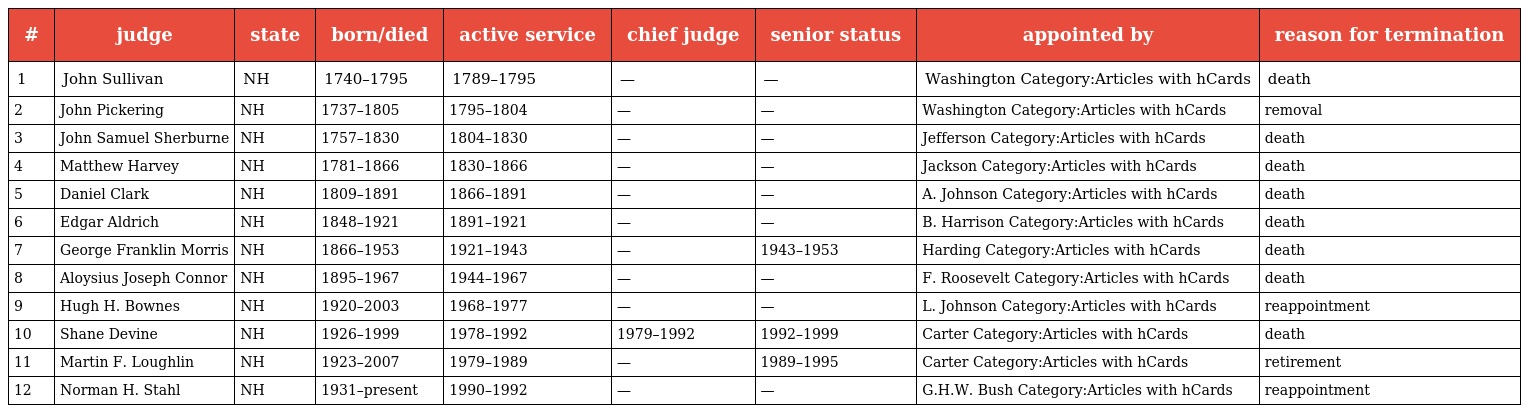
| # | judge | state | born/died | active service | chief judge | senior status | appointed by | reason for termination |
 | --- | --- | --- | --- | --- | --- | --- | --- | --- |
 | 1 | John Sullivan | NH | 1740–1795 | 1789–1795 | — | — | Washington Category:Articles with hCards | death |
 | 2 | John Pickering | NH | 1737–1805 | 1795–1804 | — | — | Washington Category:Articles with hCards | removal |
 | 3 | John Samuel Sherburne | NH | 1757–1830 | 1804–1830 | — | — | Jefferson Category:Articles with hCards | death |
 | 4 | Matthew Harvey | NH | 1781–1866 | 1830–1866 | — | — | Jackson Category:Articles with hCards | death |
 | 5 | Daniel Clark | NH | 1809–1891 | 1866–1891 | — | — | A. Johnson Category:Articles with hCards | death |
 | 6 | Edgar Aldrich | NH | 1848–1921 | 1891–1921 | — | — | B. Harrison Category:Articles with hCards | death |
 | 7 | George Franklin Morris | NH | 1866–1953 | 1921–1943 | — | 1943–1953 | Harding Category:Articles with hCards | death |
 | 8 | Aloysius Joseph Connor | NH | 1895–1967 | 1944–1967 | — | — | F. Roosevelt Category:Articles with hCards | death |
 | 9 | Hugh H. Bownes | NH | 1920–2003 | 1968–1977 | — | — | L. Johnson Category:Articles with hCards | reappointment |
 | 10 | Shane Devine | NH | 1926–1999 | 1978–1992 | 1979–1992 | 1992–1999 | Carter Category:Articles with hCards | death |
 | 11 | Martin F. Loughlin | NH | 1923–2007 | 1979–1989 | — | 1989–1995 | Carter Category:Articles with hCards | retirement |
 | 12 | Norman H. Stahl | NH | 1931–present | 1990–1992 | — | — | G.H.W. Bush Category:Articles with hCards | reappointment |